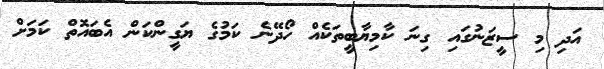
އަދި މި ސީޒަނުގައި ގިނަ ކާމިޔާބީތަކެއް ހޯދޭނެ ކަމުގެ ޔަގީންކަން އެބައޮތް ކަމަށް